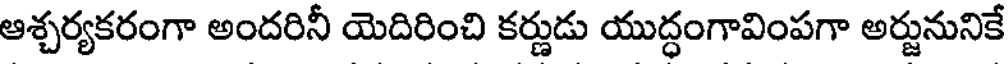
ఆశ్చర్యకరంగా అందరినీ యెదిరించి కర్ణుడు యుద్ధంగావింపగా అర్జునునికే